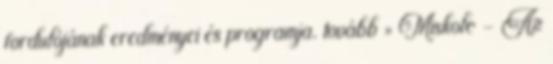
fordulójának eredményei és programja. tovább » Miskolc – Az